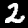
Digit: 2